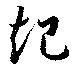
起